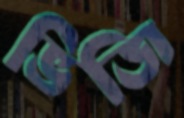
ভিজি